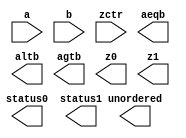
////////////////////////////////////////////////////////////////////////////////
//
//       This confidential and proprietary software may be used only
//     as authorized by a licensing agreement from Synopsys Inc.
//     In the event of publication, the following notice is applicable:
//
//                    (C) COPYRIGHT 2006 - 2018 SYNOPSYS INC.
//                           ALL RIGHTS RESERVED
//
//       The entire notice above must be reproduced on all authorized
//     copies.
//
//
// VERSION:   Verilog Simulation Model for FP Comparator
//
// DesignWare_version: f3224e44
// DesignWare_release: O-2018.06-DWBB_201806.3
//
////////////////////////////////////////////////////////////////////////////////
//-------------------------------------------------------------------------------
//
// ABSTRACT: Floating-point Comparator
//           Compares two FP numbers and generates outputs that indicate when 
//           A>B, A<B and A=B. The component also provides outputs for MAX and 
//           MIN values, with corresponding status flags.
//
//              parameters      valid values (defined in the DW manual)
//              ==========      ============
//              sig_width       significand size,  2 to 253 bits
//              exp_width       exponent size,     3 to 31 bits
//              ieee_compliance 0 or 1
//
//              Input ports     Size & Description
//              ===========     ==================
//              a               (sig_width + exp_width + 1)-bits
//                              Floating-point Number Input
//              b               (sig_width + exp_width + 1)-bits
//                              Floating-point Number Input
//              zctr            1 bit
//                              defines the min/max operation of z0 and z1
//
//              Output ports    Size & Description
//              ===========     ==================
//              aeqb            1 bit
//                              has value 1 when a=b
//              altb            1 bit
//                              has value 1 when a<b
//              agtb            1 bit
//                              has value 1 when a>b
//              unordered       1 bit
//                              one of the inputs is NaN
//              z0              (sig_width + exp_width + 1) bits
//                              Floating-point Number that has max(a,b) when
//                              zctr=1, and min(a,b) otherwise
//              z1              (sig_width + exp_width + 1) bits
//                              Floating-point Number that has max(a,b) when
//                              zctr=0, and min(a,b) otherwise
//              status0         byte
//                              info about FP value in z0
//              status1         byte
//                              info about FP value in z1
//
// MODIFIED: 
//    4/18 - the ieee_compliance parameter is also controlling the use of nans
//           When 0, the component behaves as the MC component (no denormals
//           and no NaNs).
//
//-------------------------------------------------------------------------------

module DW_fp_cmp (a, b, zctr, aeqb, altb, agtb, unordered, z0, z1, status0, status1);
parameter integer sig_width=23;
parameter integer exp_width=8;
parameter integer ieee_compliance=0;

// declaration of inputs and outputs
input  [sig_width + exp_width:0] a,b;
input  zctr;
output aeqb, altb, agtb, unordered;
output [sig_width + exp_width:0] z0, z1;
output [7:0] status0, status1;

// synopsys translate_off
  //-------------------------------------------------------------------------
  // Parameter legality check
  //-------------------------------------------------------------------------
  
 
  initial begin : parameter_check
    integer param_err_flg;

    param_err_flg = 0;
    
  
    if ( (sig_width < 2) || (sig_width > 253) ) begin
      param_err_flg = 1;
      $display(
	"ERROR: %m :\n  Invalid value (%d) for parameter sig_width (legal range: 2 to 253)",
	sig_width );
    end
  
    if ( (exp_width < 3) || (exp_width > 31) ) begin
      param_err_flg = 1;
      $display(
	"ERROR: %m :\n  Invalid value (%d) for parameter exp_width (legal range: 3 to 31)",
	exp_width );
    end
  
    if ( (ieee_compliance < 0) || (ieee_compliance > 1) ) begin
      param_err_flg = 1;
      $display(
	"ERROR: %m :\n  Invalid value (%d) for parameter ieee_compliance (legal range: 0 to 1)",
	ieee_compliance );
    end
  
    if ( param_err_flg == 1) begin
      $display(
        "%m :\n  Simulation aborted due to invalid parameter value(s)");
      $finish;
    end

  end // parameter_check 


// definitions used in the code
 
reg [0:0] sign;
reg [exp_width-1:0] Ea,Eb;
reg [sig_width:0] Ma,Mb;
reg [sig_width-1:0] Fa,Fb;
reg [(exp_width + sig_width):0] z0_int,z1_int;
reg [8    -1:0] status0_int,status1_int;
reg [0:0] agtb_int,aeqb_int,altb_int, unordered_int;
reg [1:0] chk;
reg zer_a, zer_b;

always @(a or b or zctr) 
begin

  Ea = a[((exp_width + sig_width) - 1):sig_width];
  Eb = b[((exp_width + sig_width) - 1):sig_width];
  Fa = a[(sig_width - 1):0];
  Fb = b[(sig_width - 1):0];
  zer_a = 0;
  zer_b = 0;

  if (ieee_compliance === 1 && Ea === 0)
    begin
      zer_a = Fa === 0;
      Ma = {1'b0,a[(sig_width - 1):0]};
    end
  else if (ieee_compliance === 0 && Ea === 0)
    begin
      Ma = 0;
      zer_a = 1;
    end
  else
    Ma = {1'b1,a[(sig_width - 1):0]};
  if (ieee_compliance === 1 && Eb === 0)
    begin
      zer_b = Fb === 0;
      Mb = {1'b0,b[(sig_width - 1):0]};
    end
  else if (ieee_compliance === 0 && Eb === 0)
    begin
      Mb = 0;
      zer_b = 1;
    end
  else
    Mb = {1'b1,b[(sig_width - 1):0]};
  
  sign = (a[(exp_width + sig_width)] && !zer_a) ^ (b[(exp_width + sig_width)] && !zer_b);

  status0_int = 0;
  status1_int = 0;
  z0_int = 0;
  z1_int = 0;
  agtb_int = 0;
  aeqb_int = 0;
  altb_int = 0;
  unordered_int = 0;

  //
  // NaN input
  //
  if (((Ea === ((((1 << (exp_width-1)) - 1) * 2) + 1) && Fa !== 0)||		// a or b are NaN.
       (Eb === ((((1 << (exp_width-1)) - 1) * 2) + 1) && Fb !== 0)) && (ieee_compliance === 1))
  begin
    // nothing to do
    // z0 and z1 get the values of a and b
    unordered_int = 1;
  end
  //
  // Infinity Input
  //
  else if (Ea === ((((1 << (exp_width-1)) - 1) * 2) + 1) && Eb === ((((1 << (exp_width-1)) - 1) * 2) + 1))	// a and b are Infinity.
  begin
    if (sign === 0) aeqb_int = 1;
    else if (a[(exp_width + sig_width)] === 0) agtb_int = 1;
    else altb_int = 1;
  end
  else if (Ea === ((((1 << (exp_width-1)) - 1) * 2) + 1))			// Only a is Infinity.
  begin
    if (a[(exp_width + sig_width)] === 0) agtb_int = 1;
    else altb_int = 1;
  end
  else if (Eb === ((((1 << (exp_width-1)) - 1) * 2) + 1))			// Only b is Infinity.
  begin
    if (b[(exp_width + sig_width)] === 0) altb_int = 1;
    else agtb_int = 1;
  end
  //
  // Zero Input
  //
  else if (zer_a && zer_b)			// a and b are Zero.
    aeqb_int = 1;	// +0 == -0
  else if (zer_a) 				// Only a is Zero.
  begin
    if (b[(exp_width + sig_width)] === 0) altb_int = 1;
    else agtb_int = 1;
  end
  else if (zer_b)				// Only b is Zero.
  begin
    if (a[(exp_width + sig_width)] === 0) agtb_int = 1;
    else altb_int = 1;
  end
  //
  // Normal/Denormal Inputs
  //
  else if (sign === 1)		// a and b have different sign bit.
  begin
    if (a[(exp_width + sig_width)] === 0) agtb_int = 1;
    else altb_int = 1;
  end
  else if (Ea !== Eb)		// a and b have the same sign, but different exponents
  begin
    if ( (!a[(exp_width + sig_width)] && Ea>Eb) || (a[(exp_width + sig_width)] && Ea<Eb) ) agtb_int = 1;
    else altb_int = 1;
  end
  else 
  begin
    if ( (!a[(exp_width + sig_width)] && Fa>Fb) || (a[(exp_width + sig_width)] && Fa<Fb) ) 
       agtb_int = 1;   // a and b have the same exponent and sign but different fractions
    else if (Fa === Fb) 
       aeqb_int = 1;
    else
       altb_int = 1;
  end

  // Check if agtb_int, aeqb_int, and altb_int are mutually exclusive.
  chk = agtb_int + aeqb_int + altb_int + unordered_int;
  if (chk !== 1) $display ("Error! agtb, aeqb, altb, and unordered are NOT mutually exclusive.");

  // assign a or b to zx outputs according to zctr flag.
  if ( (agtb_int && zctr) || (altb_int && !zctr) || (aeqb_int && !zctr) || (unordered_int) ) 
  begin
    z0_int = a;
    z1_int = b;
    status0_int[7] = 1;
    if (ieee_compliance === 1)
      begin
        if (Ea === ((((1 << (exp_width-1)) - 1) * 2) + 1) && Fa !== 0) status0_int[2] = 1;
        if (Ea === ((((1 << (exp_width-1)) - 1) * 2) + 1) && Fa === 0) status0_int[1] = 1;
        if (Eb === ((((1 << (exp_width-1)) - 1) * 2) + 1) && Fb !== 0) status1_int[2] = 1;
        if (Eb === ((((1 << (exp_width-1)) - 1) * 2) + 1) && Fb === 0) status1_int[1] = 1;
      end
    else
      begin
        if (Ea === ((((1 << (exp_width-1)) - 1) * 2) + 1)) status0_int[1] = 1;
        if (Eb === ((((1 << (exp_width-1)) - 1) * 2) + 1)) status1_int[1] = 1;
      end
    status0_int[0] = zer_a;
    status1_int[0] = zer_b;
  end
  else
  begin
    z0_int = b;
    z1_int = a;
    if (ieee_compliance === 1)
      begin
        if (Eb === ((((1 << (exp_width-1)) - 1) * 2) + 1) && Fb !== 0) status0_int[2] = 1;
        if (Eb === ((((1 << (exp_width-1)) - 1) * 2) + 1) && Fb === 0) status0_int[1] = 1;
        if (Ea === ((((1 << (exp_width-1)) - 1) * 2) + 1) && Fa !== 0) status1_int[2] = 1;
        if (Ea === ((((1 << (exp_width-1)) - 1) * 2) + 1) && Fa === 0) status1_int[1] = 1;
      end
    else
      begin
        if (Eb === ((((1 << (exp_width-1)) - 1) * 2) + 1)) status0_int[1] = 1;
        if (Ea === ((((1 << (exp_width-1)) - 1) * 2) + 1)) status1_int[1] = 1;
      end
    status0_int[0] = zer_b;
    status1_int[0] = zer_a;
    status1_int[7] = 1;
  end

end

assign z0 = ((^(a ^ a) !== 1'b0) || (^(b ^ b) !== 1'b0)) ? {exp_width+sig_width+1{1'bx}} : z0_int;
assign z1 = ((^(a ^ a) !== 1'b0) || (^(b ^ b) !== 1'b0)) ? {exp_width+sig_width+1{1'bx}} : z1_int;
assign status0 = ((^(a ^ a) !== 1'b0) || (^(b ^ b) !== 1'b0)) ? {8'bx} : status0_int;
assign status1 = ((^(a ^ a) !== 1'b0) || (^(b ^ b) !== 1'b0)) ? {8'bx} : status1_int;
assign agtb = ((^(a ^ a) !== 1'b0) || (^(b ^ b) !== 1'b0)) ? 1'bx : agtb_int;
assign aeqb = ((^(a ^ a) !== 1'b0) || (^(b ^ b) !== 1'b0)) ? 1'bx : aeqb_int;
assign altb = ((^(a ^ a) !== 1'b0) || (^(b ^ b) !== 1'b0)) ? 1'bx : altb_int;
assign unordered = ((^(a ^ a) !== 1'b0) || (^(b ^ b) !== 1'b0)) ? 1'bx : unordered_int;

// synopsys translate_on

endmodule